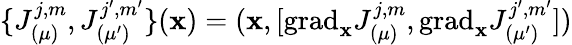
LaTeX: \{ J_{(\mu)}^{j,m},J_{(\mu^{\prime})}^{j^{\prime},m^{\prime}}\} (\mathbf{x})=(\mathbf{x},[\mathrm{{grad}}_{\mathbf{x}}J_{(\mu)}^{j,m},\mathrm{{grad}}_{\mathbf{x}}J_{(\mu^{\prime})}^{j^{\prime},m^{\prime}}])